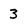
Character: 3